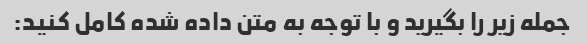
جمله زیر را بگیرید و با توجه به متن داده شده کامل کنید: